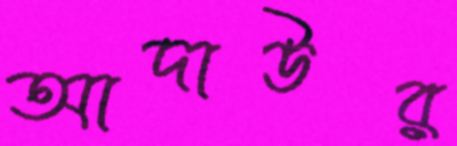
আদাউর